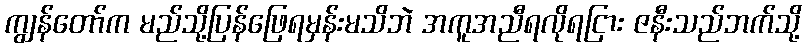
ကျွန်တော်က မည်သို့ပြန်ဖြေရမှန်းမသိဘဲ အကူအညီရလိုရငြား ဇနီးသည်ဘက်သို့